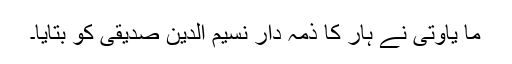
ما یاوتی نے ہار کا ذمہ دار نسیم الدین صدیقی کو بتایا۔